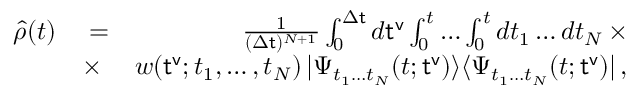
\begin{array} { r l r } { \hat { \rho } ( t ) } & { { } = } & { \frac { 1 } { ( \Delta { \sf t } ) ^ { N + 1 } } \int _ { 0 } ^ { \Delta { \sf t } } d { \sf t ^ { v } } \int _ { 0 } ^ { t } \dots \int _ { 0 } ^ { t } d t _ { 1 } \dots d t _ { N } \, \times } \\ { ~ ~ } & { { } \times } & { w ( { \sf t ^ { v } } ; t _ { 1 } , \dots , t _ { N } ) \, | \Psi _ { t _ { 1 } \dots t _ { N } } ( t ; { \sf t ^ { v } } ) \rangle \langle \Psi _ { t _ { 1 } \dots t _ { N } } ( t ; { \sf t ^ { v } } ) | \, , } \end{array}